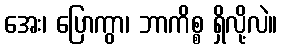
အေး၊ ပြောကွာ၊ ဘာကိစ္စ ရှိလို့လဲ။